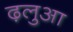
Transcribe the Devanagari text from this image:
ढ़लुआ